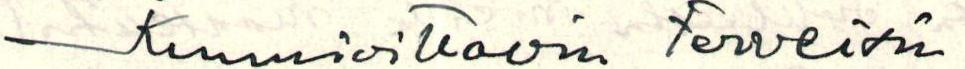
Kunnioittavin Terveisin